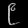
Digit: ၉